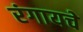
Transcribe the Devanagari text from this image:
रंगायचे